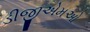
ડીજીએમઓ